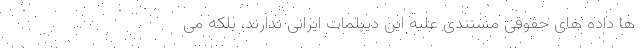
ها داده های حقوقی مستندی علیه این دیپلمات ایرانی ندارند، بلکه می